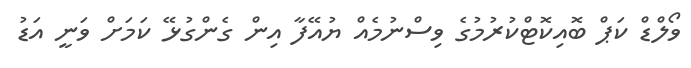
ވޯލްޑް ކަޕް ބޮއިކޮޓްކުރުމުގެ ވިސްނުމެއް ޔުއޭފާ އިން ގެންގުޅޭ ކަމަށް ވަނީ އަޑު